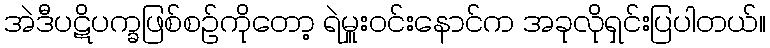
အဲဒီပဋိပက္ခဖြစ်စဉ်ကိုတော့ ရဲမှူးဝင်းနောင်က အခုလိုရှင်းပြပါတယ်။